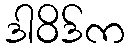
ဒါဝိဒ်က